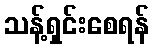
သန့်ရှင်းစေရန်